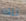
تلك